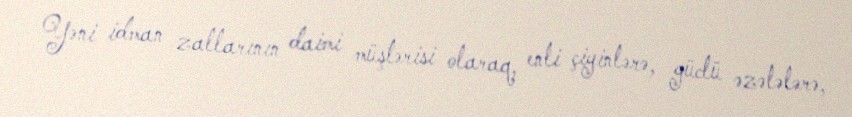
Yəni idman zallarının daimi müştərisi olaraq, enli çiyinlərə, güclü əzələlərə,